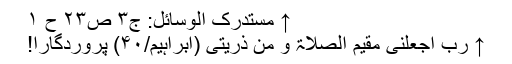
↑ مستدرک الوسائل: ج۳ ص۲۳ ح ۱
↑ رَبِّ اجْعَلْنِی مُقیمَ الصَّلاَۃ وَ مِن ذُرِّیتِی (ابراہیم/۴۰) پروردگارا!